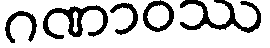
ဂဏာဝဿ